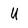
Character: U